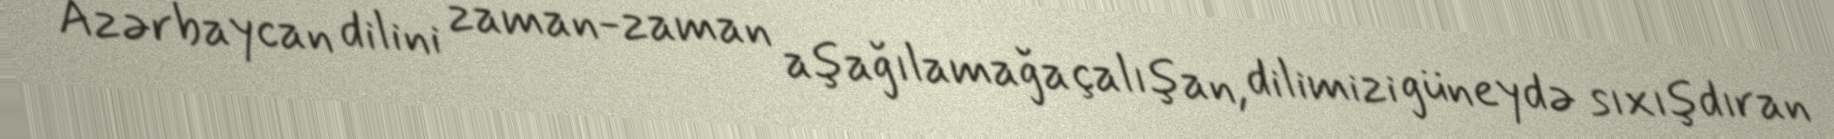
Azərbaycan dilini zaman-zaman aşağılamağa çalışan, dilimizi güneydə sıxışdıran